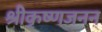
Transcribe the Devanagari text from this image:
श्रीकृष्णजनन